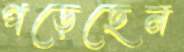
পড়েছেন